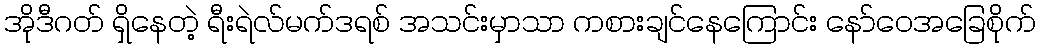
အိုဒီဂတ် ရှိနေတဲ့ ရီးရဲလ်မက်ဒရစ် အသင်းမှာသာ ကစားချင်နေကြောင်း နော်ဝေအခြေစိုက်